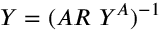
Y = ( A R ~ Y ^ { A } ) ^ { - 1 }